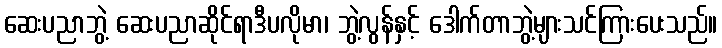
ဆေးပညာဘွဲ့ ဆေးပညာဆိုင်ရာဒီပလိုမာ၊ ဘွဲ့လွန်နှင့် ဒေါက်တာဘွဲ့များသင်ကြားပေးသည်။